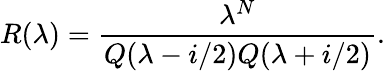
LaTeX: R(\lambda)=\frac{\lambda^{N}}{Q(\lambda-i/2)Q(\lambda+i/2)}.